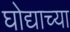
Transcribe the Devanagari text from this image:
घोद्याच्या